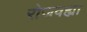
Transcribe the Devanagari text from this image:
रोजवह्या